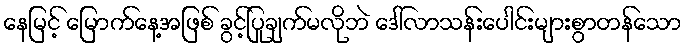
နေမြင့် မြောက်နေ့အဖြစ် ခွင့်ပြုချက်မလိုဘဲ ဒေါ်လာသန်းပေါင်းများစွာတန်သော